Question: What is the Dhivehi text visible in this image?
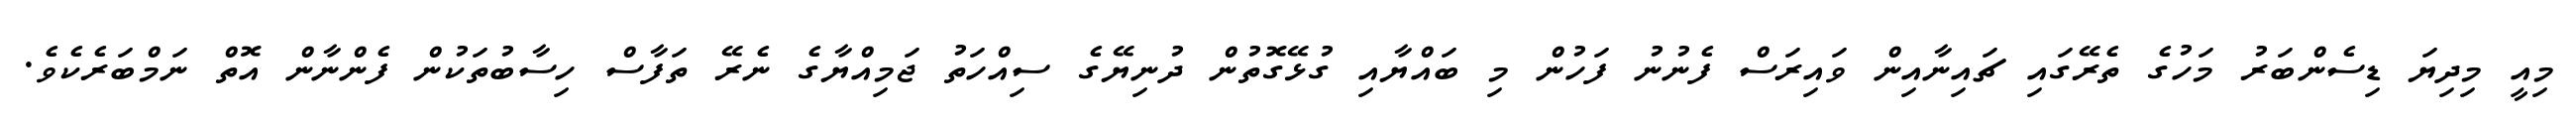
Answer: މިއީ މިދިޔަ ޑިސެންބަރު މަހުގެ ތެރޭގައި ޗައިނާއިން ވައިރަސް ފެނުނު ފަހުން މި ބައްޔާއި ގުޅޭގޮތުން ދުނިޔޭގެ ސިއްހަތު ޖަމިއްޔާގެ ނެރޭ ތަފާސް ހިސާބުތަކުން ފެންނާން އޮތް ނަމްބަރެކެވެ.